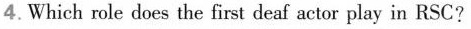
4.Which role does the first deaf actor play in RSC?